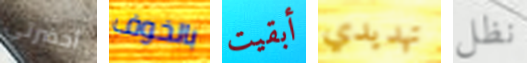
أحضرتي بالخوف أبقيت تهديدي نظل